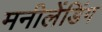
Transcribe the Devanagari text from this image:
मनीलेंडिंग